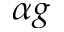
\alpha g